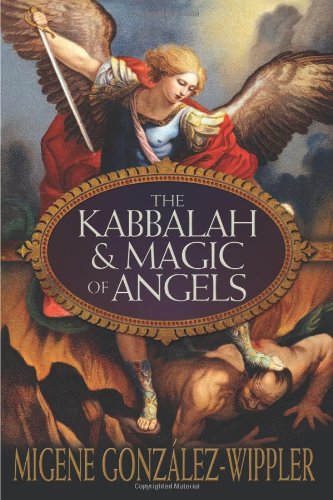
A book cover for The Kabbalah & Magic of Angels; Migene GonzÃ¡lez-Wippler; Religion & Spirituality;